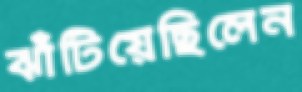
ঝাঁটিয়েছিলেন